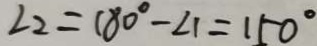
\angle 2 = 1 8 0 ^ { \circ } - \angle 1 = 1 5 0 ^ { \circ }